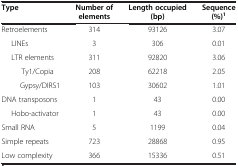
| Type | Number of elements | Length occupied (bp) | Sequence (%)1 |
 | --- | --- | --- | --- |
 | Retroelements | 314 | 93126 | 3.07 |
 | LINEs | 3 | 306 | 0.01 |
 | LTR elements | 311 | 92820 | 3.06 |
 | Ty1/Copia | 208 | 62218 | 2.05 |
 | Gypsy/DIRS1 | 103 | 30602 | 1.01 |
 | DNA transposons | 1 | 43 | 0.00 |
 | Hobo-activator | 1 | 43 | 0.00 |
 | Small RNA | 5 | 1199 | 0.04 |
 | Simple repeats | 723 | 28868 | 0.95 |
 | Low complexity | 366 | 15336 | 0.51 |